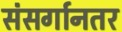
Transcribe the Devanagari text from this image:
संसर्गानतर